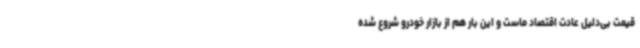
قیمت بی‌دلیل عادت اقتصاد ماست و این بار هم از بازار خودرو شروع شده